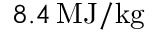
8 . 4 \, \mathrm { M J / k g }